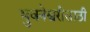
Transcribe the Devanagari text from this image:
भुवनेश्वरीसाठी